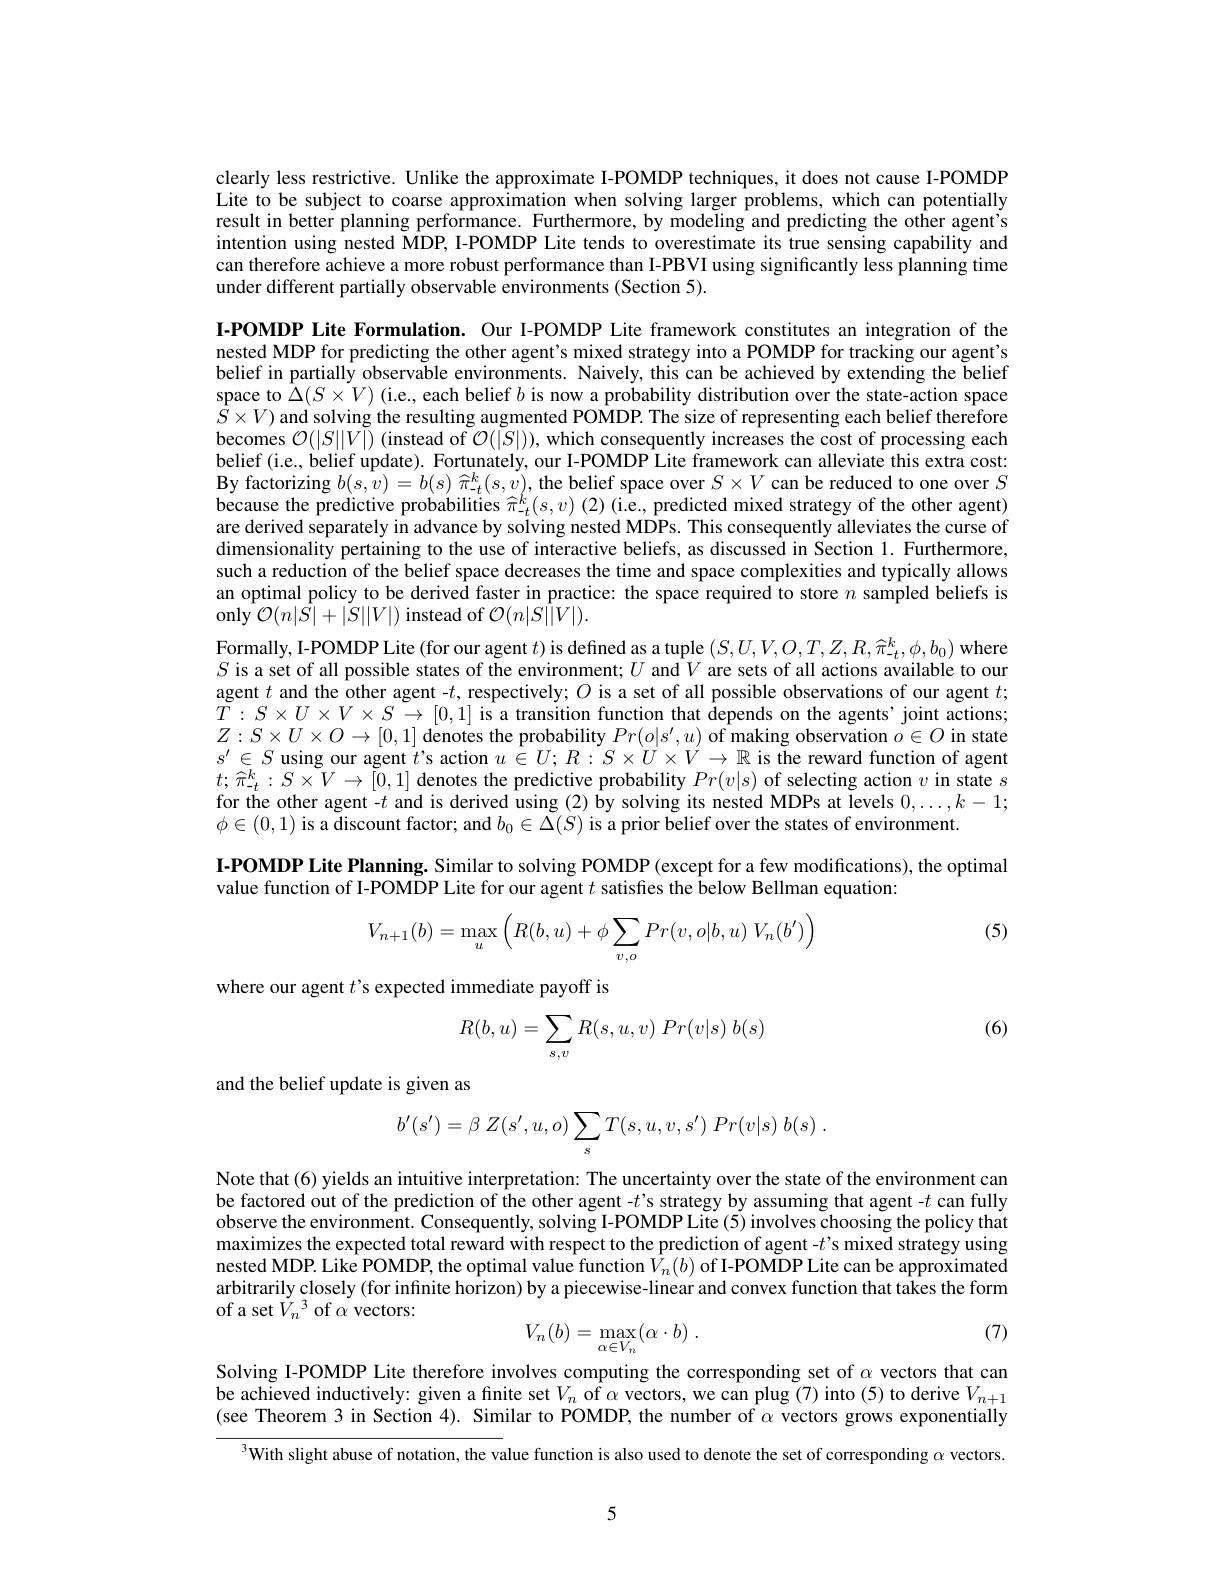
clearly less restrictive. Unlike the approximate I-POMDP techniques, it does not cause I-POMDP Lite to be subject to coarse approximation when solving larger problems, which can potentially result in better planning performance. Furthermore, by modeling and predicting the other agent's intention using nested MDP, I-POMDP Lite tends to overestimate its true sensing capability and can therefore achieve a more robust performance than I-PBVI using significantly less planning time under different partially observable environments (Section 5).

I-POMDP Lite Formulation. Our I-POMDP Lite framework constitutes an integration of the nested MDP for predicting the other agent's mixed strategy into a POMDP for tracking our agent's belief in partially observable environments. Naively, this can be achieved by extending the belief space to $\hat{\Delta}(S\times V)$ (i.e., each belief $b$ is now a probability distribution over the state-action space $\hat{S} \times V)$ and solving the resulting augmented POMDP. The size of representing each belief therefore and solving the resulting augmented POMDP. The size of representing each belief therefore becomes $\mathcal{O}(|S||V|)$ (instead of $\mathcal{O}(|S|))$, which consequently increases the cost of processing each belief (i.e., belief update). Fortunately, our I-POMDP Lite framework can alleviate this extra cost: By factorizing $b(s,\hat{v})=b(s)\hat{\pi}_t^k(s,\dot{v})$, the belief space over $S\times V$ can be reduced to one over $S$ because the predictive probabilities $\widehat{\pi}_t^k(s,v)$ (2) (i.e., predicted mixed strategy of the other agent) are derived separately in advance by solving nested MDPs. This consequently alleviates the curse of dimensionality pertaining to the use of interactive beliefs, as discussed in Section 1. Furthermore, such a reduction of the belief space decreases the time and space complexities and typically allows an optimal policy to be derived faster in practice: the space required to store $n$ sampled beliefs is $\operatorname{only}{\mathcal{O}}(n|\bar{S}|+|\bar{S}||V|)$ instead of $\mathcal{O}(n|S||V|).$
Formally, I-POMDP Lite (for our agent $t)$ is defined as a tuple $(S,U,V,O,T,Z,R,\widehat{\pi}_{-t}^{k},\phi,b_{0})$ where $S$ is a set of all possible states of the environment; $U$ and $V$ are sets of all actions available to our agent $t$ and the other agent -$t$, respectively; $O$ is a set of all possible observations of our agent $t;$ $\tilde{T}:S\times U\times V\times\tilde{S}\to[0,1]$ is a transition function that $\hat{\text{depends on the agents'joint actions;}}$ $Z:S\times U\times O\to[0,1]$ denotes the probability $Pr(o|s^{\prime},u)$ of making observation $o\in O$ in state $s^{\prime}\in S$ using our agent $t$'s action $u\in U;R:S\times U\times V\to\mathbb{R}$ is the reward function of agent $t;\hat{\pi}_{-t}^{k}:S\times\tilde{V}\to[0,1]$ denotes the predictive probability $Pr(v|s)$ of selecting action $v$ in state $s$ for the other agent -$t$ and is derived using (2)by solving its nested MDPs at levels $0,\ldots,k-1;$ $\phi\in(0,1)$ is a discount factor; and $b_0\in\Delta(S)$ is a prior belief over the states of environment.
I-POMDP Lite Planning. Similar to solving POMDP (except for a few modifications), the optimal
value function of I-POMDP Lite for our agent $t$ satisfies the below Bellman equation:
(5)
$$V_{n+1}(b)=\max_u\left(R(b,u)+\phi\sum_{v,o}Pr(v,o|b,u)\:V_n(b')\right)$$
where our agent $t$ s expected immediate payoff is

(6)
$$R(b,u)=\sum_{s,v}R(s,u,v)\:Pr(v|s)\:b(s)$$
and the belief update is given as
$$b'(s')=\beta\:Z(s',u,o)\sum_{s}T(s,u,v,s')\:Pr(v|s)\:b(s)\:.$$
Note that (6) yields an intuitive interpretation: The uncertainty over the state of the environment can be factored out of the prediction of the other agent -$t’$s strategy by assuming that agent -$t$ can fully observe the environment. Consequently, solving I-POMDP Lite (5) involves choosing the policy that maximizes the expected total reward with respect to the prediction of agent -$t’$s mixed strategy using nested MDP. Like POMDP, the optimal value function $\hat{V}_n(b)$ of I-POMDP Lite can be approximated arbitrarily closely (for infinite horizon) by a piecewise-linear and convex function that takes the form of a set $\tilde{V_n}^3$ of $\alpha$ vectors:
(7)
$$V_n(b)=\max_{\alpha\in V_n}\bigl(\alpha\cdot b\bigr)\:.$$
Solving I-POMDP Lite therefore involves computing the corresponding set of $\alpha$ vectors that can be achieved inductively: given a finite set $V_n$ of $\alpha$ vectors, we can plug (7) into (5) to derive $V_n+1$ (see Theorem 3 in Section 4). Similar to POMDP, the number of $\alpha$ vectors grows exponentially

$^{3}$With slight abuse of notation, the value function is also used to denote the set of corresponding $\alpha$ vectors.

5